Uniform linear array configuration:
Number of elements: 12
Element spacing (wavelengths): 1
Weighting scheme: cosine
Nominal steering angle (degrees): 15
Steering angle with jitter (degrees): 16.998
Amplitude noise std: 0.05
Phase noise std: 0.05

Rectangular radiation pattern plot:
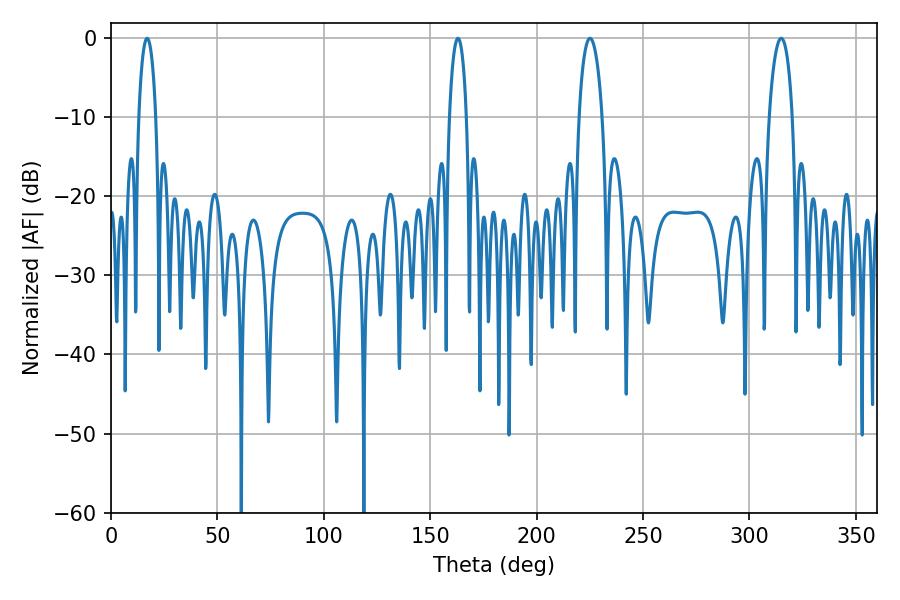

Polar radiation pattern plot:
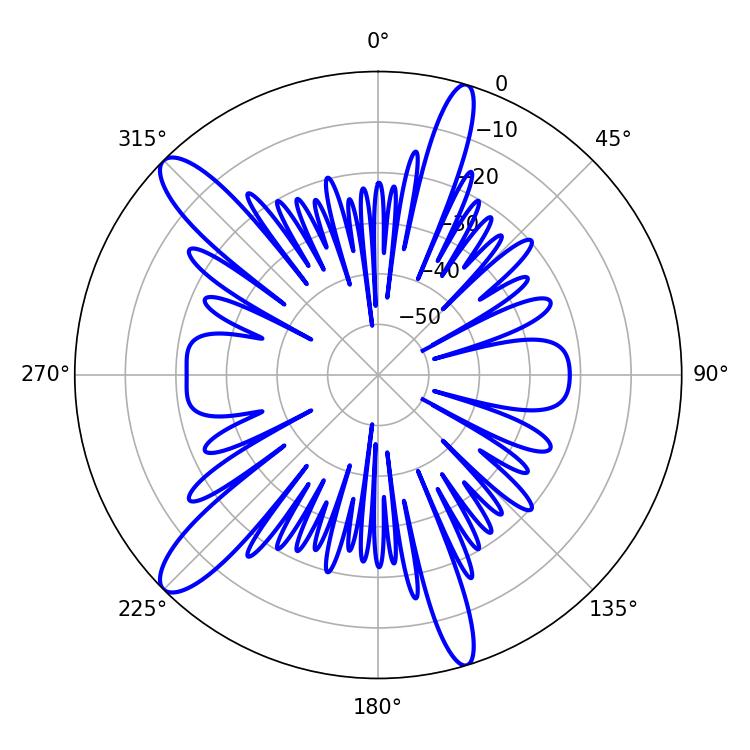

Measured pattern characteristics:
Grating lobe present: TRUE
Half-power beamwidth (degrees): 4.5
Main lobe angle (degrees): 16.92